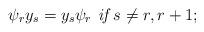
LaTeX: \begin{align*}\psi_r y_s=y_s \psi_r \textit{ if }s\neq r,r+1;\end{align*}